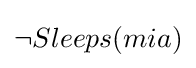
\lnot Sleeps(mia)